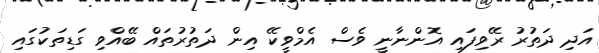
އަދި ދަތުރު ރޭވިފައި އޮންނާނީ ވެސް އެމްވީކޭ އިން ދަތުރުތައް ބޭއްވި ގަޑިތަކުގައި